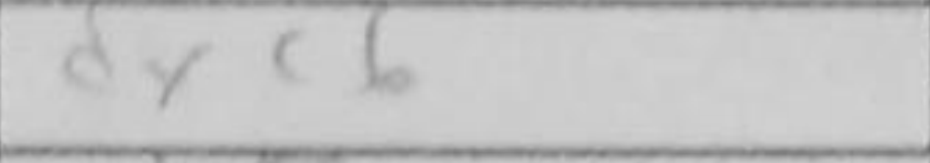
Transcription: dxc6